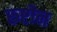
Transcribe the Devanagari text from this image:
रुष्टोन